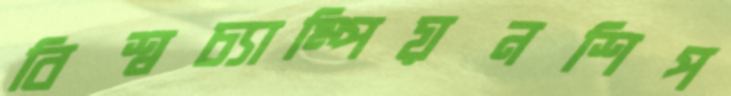
বিশ্বচ্যাম্পিয়নশিপ